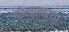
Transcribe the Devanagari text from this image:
कोलसाऱ्या